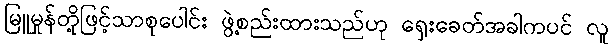
မြူမှုန်တို့ဖြင့်သာစုပေါင်း ဖွဲ့စည်းထားသည်ဟု ရှေးခေတ်အခါကပင် လူ